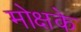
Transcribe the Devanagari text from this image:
मोक्षके